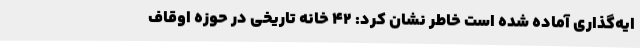
ایه‌گذاری آماده شده است خاطر نشان کرد: 42 خانه تاریخی در حوزه اوقاف